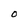
Character: O